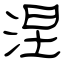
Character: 涅